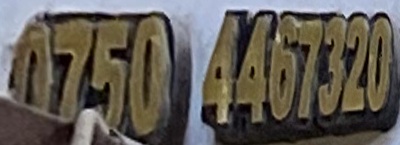
0750 4467320